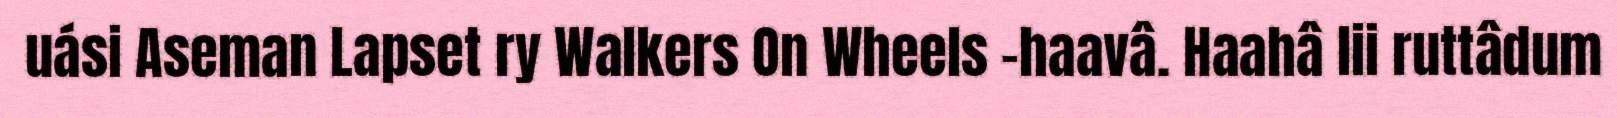
uási Aseman Lapset ry Walkers On Wheels -haavâ. Haahâ lii ruttâdum